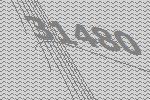
31480